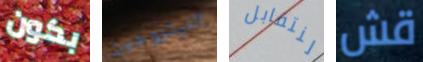
بكون النيتروجين لنتقابل قش